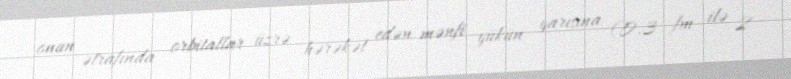
onun ətrafında orbitallar üzrə hərəkət edən mənfi yükün yarısına (0.3 fm ilə 2